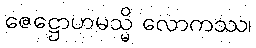
ဇေဋ္ဌောဟမသ္မိ လောကဿ၊